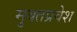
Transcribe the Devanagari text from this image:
मुक्तप्रवेश